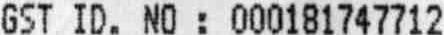
GST ID. NO : 000181747712